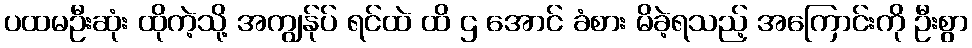
ပထမဦးဆုံး ထိုကဲ့သို့ အကျွန်ုပ် ရင်ထဲ ထိ ဌ အောင် ခံစား မိခဲ့ရသည့် အကြောင်းကို ဦးစွာ